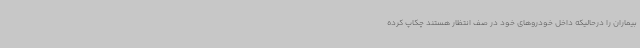
بیماران را درحالیکه داخل خودروهای خود در صف انتظار هستند چکاپ کرده